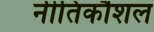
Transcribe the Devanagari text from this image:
नीतिकौशल